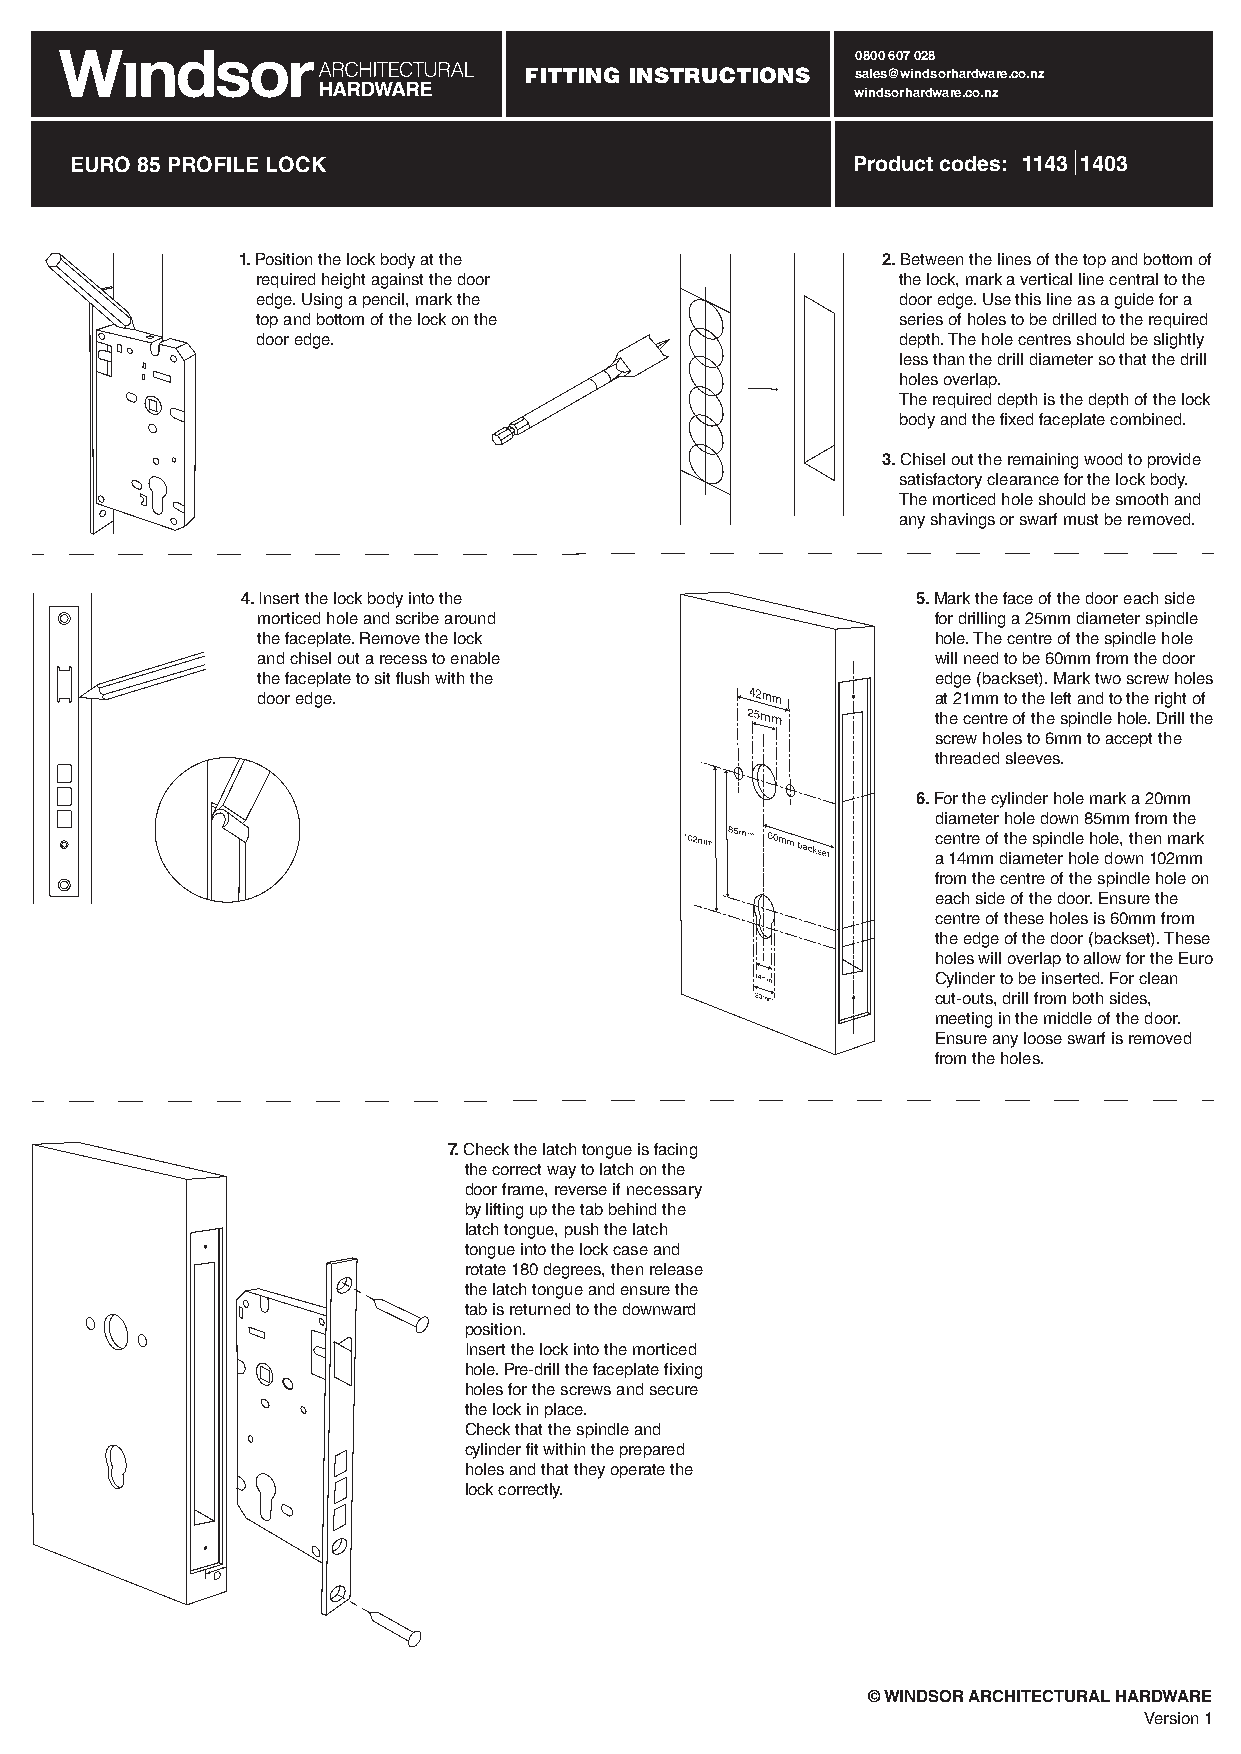
0800 607 028
 FITTING INSTRUCTIONS  sales@windsorhardware.co.nz
 windsorhardware.co.nz
 EURO 85 PROFILE LOCK                               Product codes: 1143 1403
 1. Position the lock body at the          2. Between the lines of the top and bottom of
 required height against the door          the lock, mark a vertical line central to the
 edge. Using a pencil, mark the            door edge. Use this line as a guide for a
 top and bottom of the lock on the         series of holes to be drilled to the required
 door edge.                                depth. The hole centres should be slightly
 less than the drill diameter so that the drill
 holes overlap.
 The required depth is the depth of the lock
 body and the fixed faceplate combined.
 3. Chisel out the remaining wood to provide
 satisfactory clearance for the lock body.
 The morticed hole should be smooth and
 any shavings or swarf must be removed.
 4. Insert the lock body into the             5. Mark the face of the door each side
 morticed hole and scribe around              for drilling a 25mm diameter spindle
 the faceplate. Remove the lock               hole. The centre of the spindle hole
 and chisel out a recess to enable            will need to be 60mm from the door
 the faceplate to sit flush with the          edge (backset). Mark two screw holes
 door edge.                                   at 21mm to the left and to the right of
 the centre of the spindle hole. Drill the
 screw holes to 6mm to accept the
 threaded sleeves.
 6. For the cylinder hole mark a 20mm
 diameter hole down 85mm from the
 centre of the spindle hole, then mark
 a 14mm diameter hole down 102mm
 from the centre of the spindle hole on
 each side of the door. Ensure the
 centre of these holes is 60mm from
 the edge of the door (backset). These
 holes will overlap to allow for the Euro
 If this page is correct                 Cylinder to be inserted. For clean
 cut-outs, drill from both sides,
 update line drawings
 meeting in the middle of the door.
 to 1143 lock                            Ensure any loose swarf is removed
 from the holes.
 7. Check the latch tongue is facing
 the correct way to latch on the
 door frame, reverse if necessary
 by lifting up the tab behind the
 latch tongue, push the latch
 tongue into the lock case and
 rotate 180 degrees, then release
 the latch tongue and ensure the
 tab is returned to the downward
 position.
 Insert the lock into the morticed
 hole. Pre-drill the faceplate fixing
 holes for the screws and secure
 the lock in place.
 Check that the spindle and
 cylinder fit within the prepared
 holes and that they operate the
 lock correctly.
 © WINDSOR ARCHITECTURAL HARDWARE
 Version 1